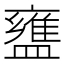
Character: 𬐷